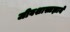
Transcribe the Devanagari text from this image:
जीवशास्त्रज्ञाने